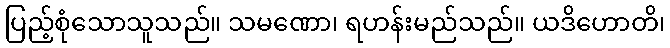
ပြည့်စုံသောသူသည်။ သမဏော၊ ရဟန်းမည်သည်။ ယဒိဟောတိ၊